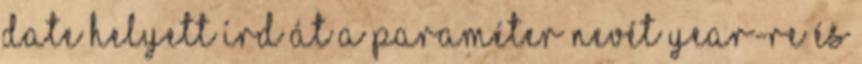
Date helyett írd át a paraméter nevét year-re és